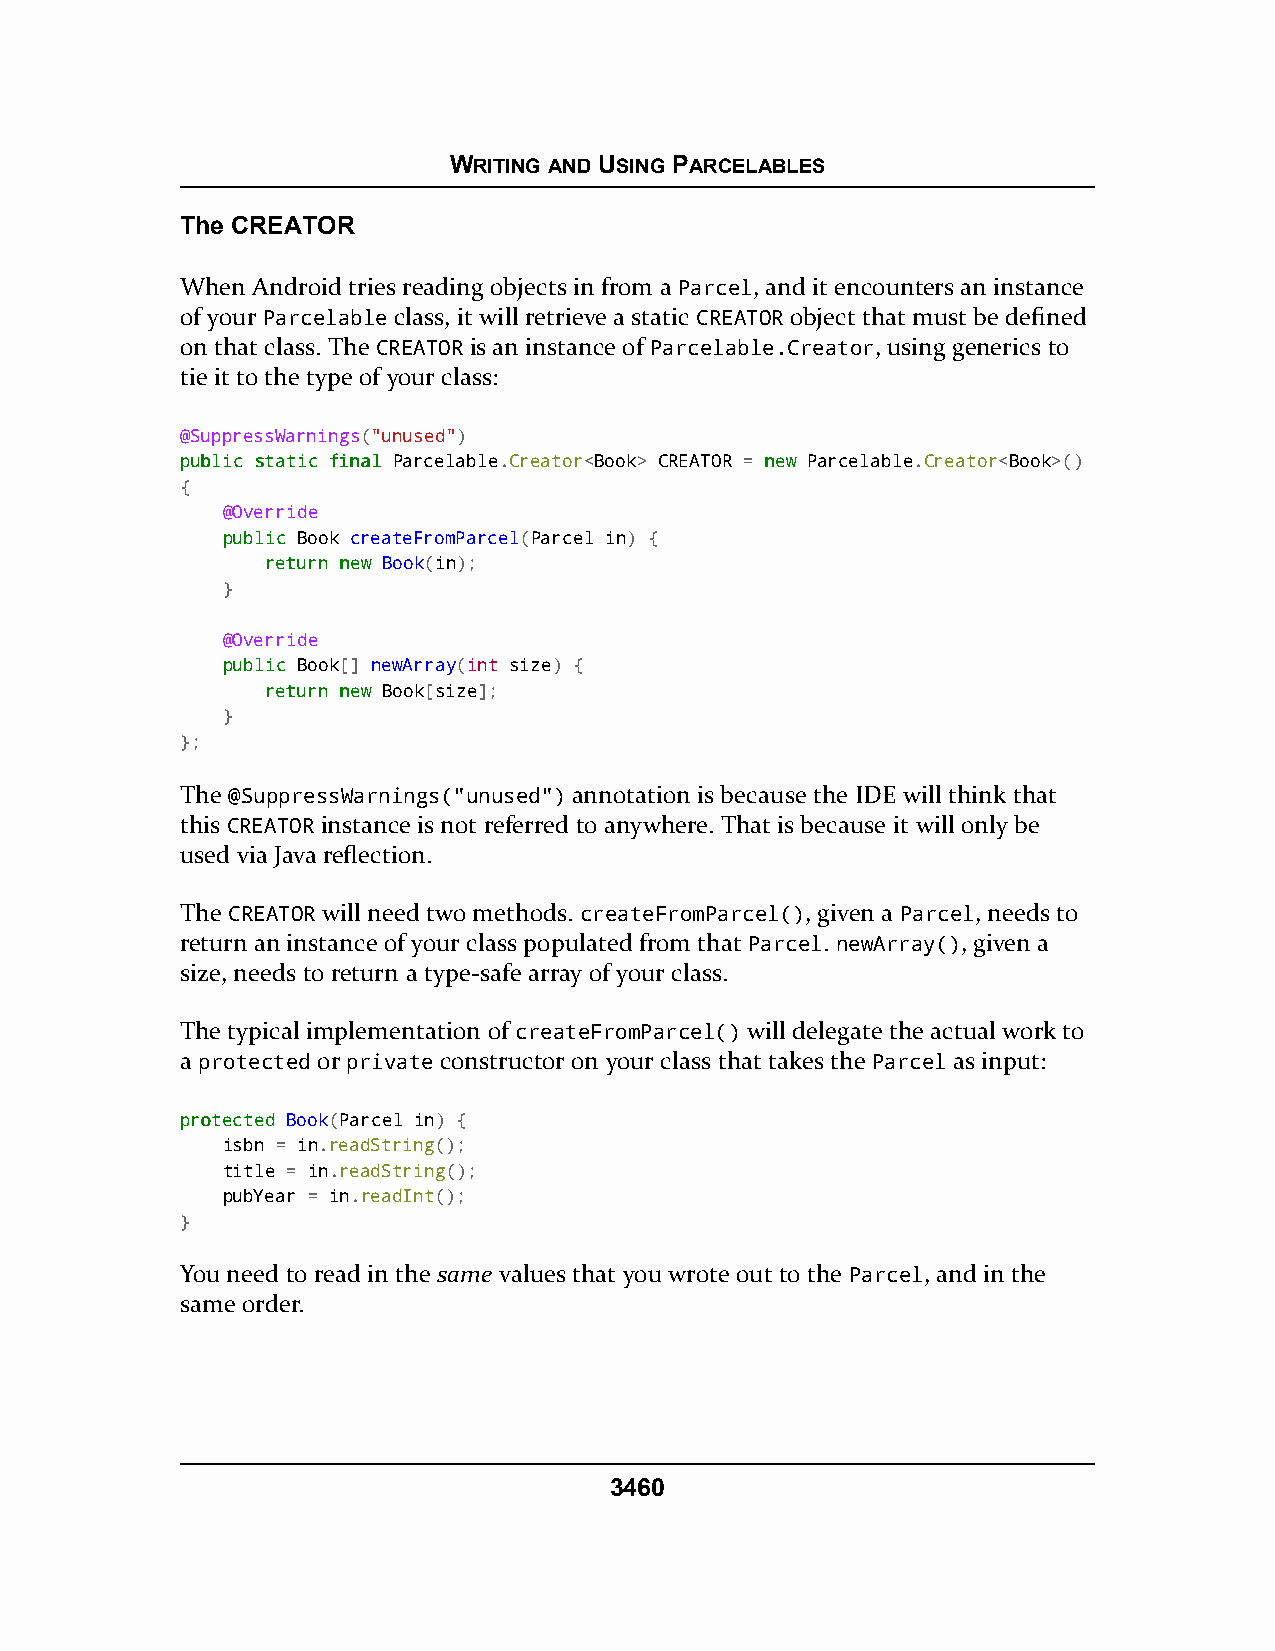
WRITING AND USING PARCELABLES
 The CREATOR
 When Android tries reading objects in from a Parcel, and it encounters an instance
 of your Parcelable class, it will retrieve a static CREATOR object that must be defined
 on that class. The CREATOR is an instance of Parcelable.Creator, using generics to
 tie it to the type of your class:
 @SuppressWarnings("unused")
 ppuubblliicc ssttaattiicc ffiinnaall Parcelable.Creator<Book> CREATOR = nneeww Parcelable.Creator<Book>()
 {
 @Override
 ppuubblliicc Book createFromParcel(Parcel in) {
 rreettuurrnn nneeww Book(in);
 }
 @Override
 ppuubblliicc Book[] newArray(int size) {
 rreettuurrnn nneeww Book[size];
 }
 };
 The @SuppressWarnings("unused") annotation is because the IDE will think that
 this CREATOR instance is not referred to anywhere. That is because it will only be
 used via Java reflection.
 The CREATOR will need two methods. createFromParcel(), given a Parcel, needs to
 return an instance of your class populated from that Parcel. newArray(), given a
 size, needs to return a type-safe array of your class.
 The typical implementation of createFromParcel() will delegate the actual work to
 a protected or private constructor on your class that takes the Parcel as input:
 pprrootteecctteedd Book(Parcel in) {
 isbn = in.readString();
 title = in.readString();
 pubYear = in.readInt();
 }
 You need to read in the same values that you wrote out to the Parcel, and in the
 same order.
 3460